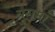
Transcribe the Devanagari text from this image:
युगमां